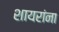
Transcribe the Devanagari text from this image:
शायरांना